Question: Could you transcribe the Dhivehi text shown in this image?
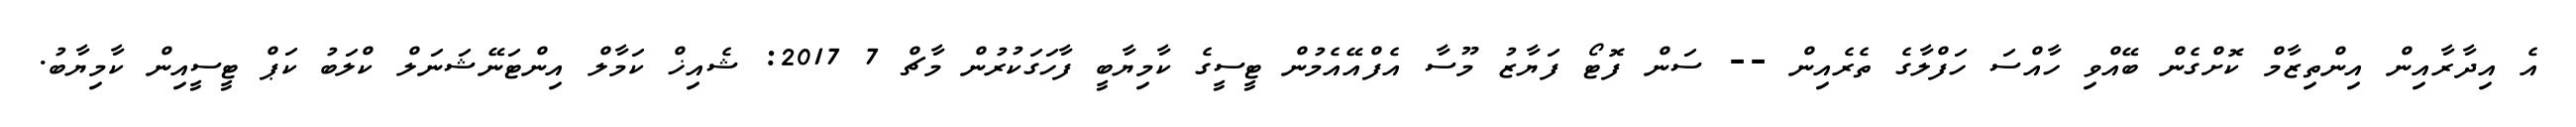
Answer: އެ އިދާރާއިން އިންތިޒާމް ކޮށްގެން ބޭއްވި ހާއްސަ ހަފްލާގެ ތެރެއިން -- ސަން ފޮޓޯ ފަޔާޒު މޫސާ އެފްއޭއެމުން ޓީސީގެ ކާމިޔާބީ ފާހަގަކުރުން މާޗް 7 2017: ޝެއިޚް ކަމާލް އިންޓަނޭޝަނަލް ކްލަބު ކަޕް ޓީސީއިން ކާމިޔާބު.